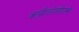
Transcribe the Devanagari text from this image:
कप्रीफोलीयसे